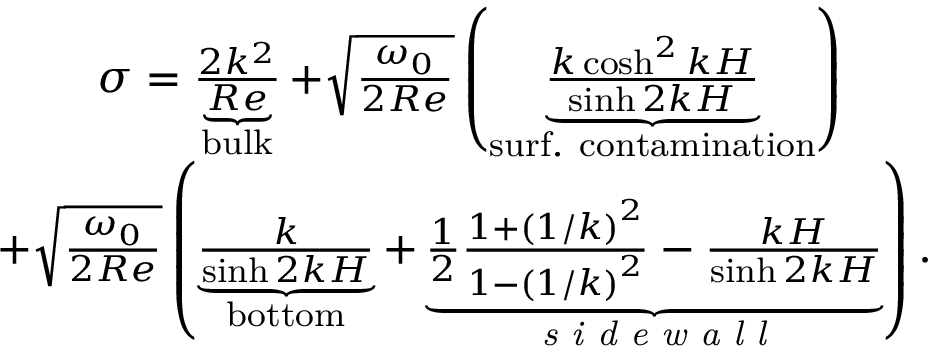
\begin{array} { r } { \sigma = \underbrace { \frac { 2 k ^ { 2 } } { R e } } _ { \mathrm { b u l k } } + \sqrt { \frac { \omega _ { 0 } } { 2 R e } } \left( \underbrace { \frac { k \cosh ^ { 2 } { k H } } { \sinh { 2 k H } } } _ { \mathrm { s u r f . ~ c o n t a m i n a t i o n } } \right) \ \ \ \ \ \ } \\ { + \sqrt { \frac { \omega _ { 0 } } { 2 R e } } \left( \underbrace { \frac { k } { \sinh { 2 k H } } } _ { \mathrm { b o t t o m } } + \underbrace { \frac { 1 } { 2 } \frac { 1 + \left( 1 / k \right) ^ { 2 } } { 1 - \left( 1 / k \right) ^ { 2 } } - \frac { k H } { \sinh { 2 k H } } } _ { \textit { s i d e w a l l } } \right) . } \end{array}